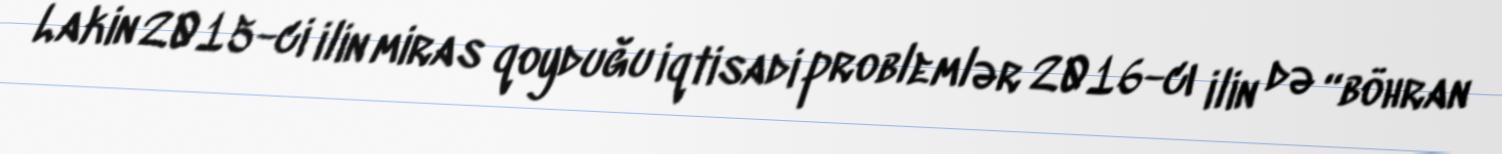
Lakin 2015-ci ilin miras qoyduğu iqtisadi problemlər 2016-cı ilin də “böhran